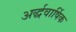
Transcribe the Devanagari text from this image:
अर्द्धवार्षिक